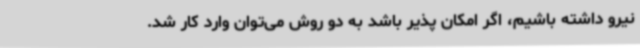
نیرو داشته باشیم، اگر امکان پذیر باشد به دو روش می‌توان وارد کار شد.